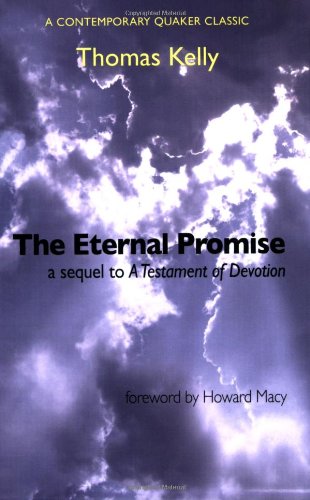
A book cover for The Eternal Promise; Thomas Kelly; Christian Books & Bibles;